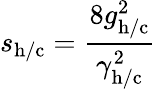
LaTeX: s_{\mathrm{h/c}}=\frac{8g_{\mathrm{h/c}}^{2}}{\gamma_{\mathrm{h/c}}^{2}}